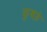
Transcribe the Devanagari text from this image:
कुबड़े